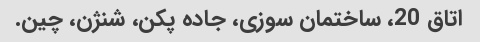
اتاق 20، ساختمان سوزی، جاده پکن، شنژن، چین.